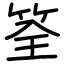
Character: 筌